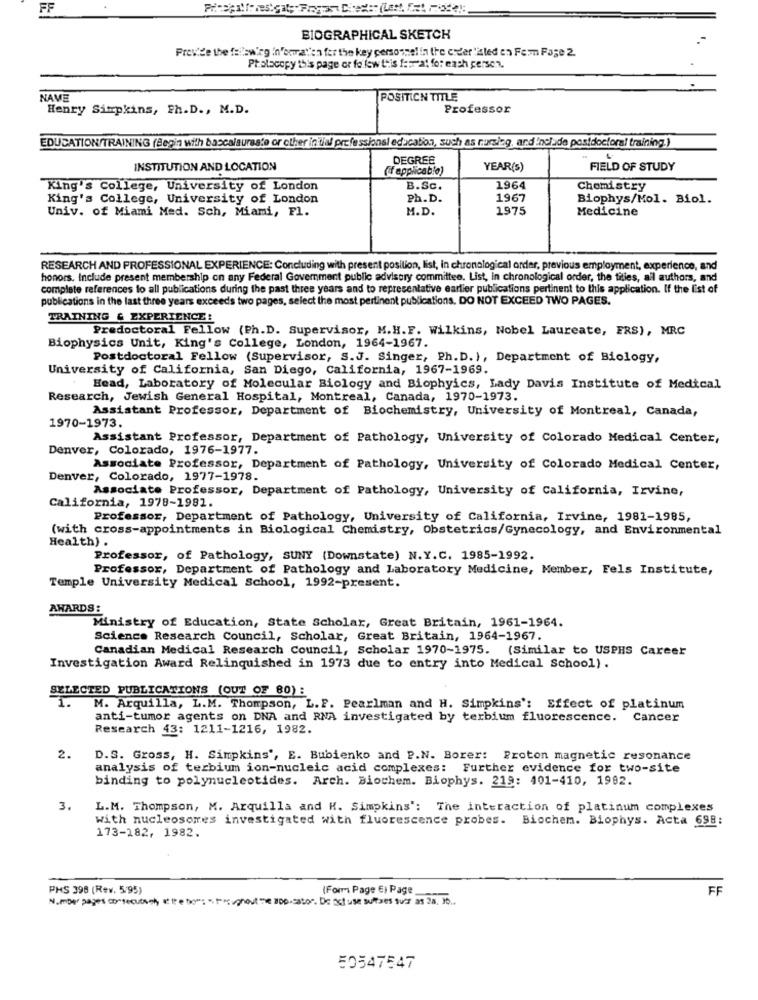
FF
BIOGRAPHICAL SKETCH
Provide the failswirg in'omaten fer the key personnel in the order "aled en Fem Page 2.
Prolacopy this page or follow this ferrat for each person.
NAVE
POSITION TITLE
Henry Simpkins, Ph.D ., M.D.
Professor
EDUCATION/TRAINING (Begin with baccalaureate or other in tial professional education, such as nursing, and Include postdoctoral training.)
DEGREE
INSTITUTION AND LOCATION
(if applicable)
YEAR(s)
FIELD OF STUDY
King's College, University of London
B.Sc.
1964
Chemistry
King's College, University of London
Ph.D.
1967
Biophys/Mol. Biol.
Univ. of Miami Med. Sch, Miami, Fl.
M.D.
1975
Medicine
RESEARCH AND PROFESSIONAL EXPERIENCE: Concluding with present position, list, in chronological order, previous employment, experience, and
honors. Include present membership on any Federal Government public advisory committee. List, in chronological order, the titles, all authors, and
complete references to all publications during the past three years and to representative earlier publications pertinent to this application. If the list of
publications in the last three years exceeds two pages, select the most pertinent publications. DO NOT EXCEED TWO PAGES.
TRAINING & EXPERIENCE!
Predoctoral Fellow (Ph.D. Supervisor, M.H.F. Wilkins, Nobel Laureate, ERS), MRC
Biophysics Unit, King's College, London, 1964-1967.
Postdoctoral Fellow (Supervisor, S.J. Singer, Ph. D. ), Department of Biology,
University of California, San Diego, California, 1967-1969.
Head, Laboratory of Molecular Biology and Biophyics, Lady Davis Institute of Medical
Research, Jewish General Hospital, Montreal, Canada, 1970-1973.
Assistant Professor, Department of Biochemistry, University of Montreal, Canada,
1970-1973.
Assistant Professor, Department of Pathology, University of Colorado Medical Center,
Denver, Colorado, 1976-1977.
Associate Professor, Department of Pathology, University of Colorado Medical Center,
Denver, Colorado, 1977-1978.
Associate Professor, Department of Pathology, University of California, Irvine,
California, 1978-1981.
Professor, Department of Pathology, University of California, Irvine, 1981-1985,
(with cross-appointments in Biological Chemistry, Obstetrics/Gynecology, and Environmental
Health) .
Professor, of Pathology, SUNY (Downstate) N.Y.C. 1985-1992.
Professor, Department of Pathology and Laboratory Medicine, Member, Fels Institute,
Temple University Medical School, 1992-present.
AWARDS:
Ministry of Education, State Scholar, Great Britain, 1961-1964.
Science Research Council, Scholar, Great Britain, 1964-1967.
Canadian Medical Research Council, Scholar 1970-1975. (Similar to USPHS Career
Investigation Award Relinquished in 1973 due to entry into Medical School).
SELECTED PUBLICATIONS (OUT OF 80) :
1.
M. Arquilla, L.M. Thompson, L.F. Pearlman and H. Simpkins': Effect of platinum
anti-tumor agents on DNA and RNA investigated by terbium fluorescence. Cancer
Research 43: 1211-1216, 1982.
2.
D.S. Gross, H. Simpkins', E. Bubienko and P.N. Borer: Proton magnetic resonance
analysis of terbium ion-nucleic acid complexes: Further evidence for two-site
binding to polynucleotides. Arch. Biochem. Biophys. 219: 401-410, 1992.
3.
L.M. Thompson, M. Arquilla and H. Simpkins': The interaction of platinum complexes
with nucleosomes investigated with fluorescence probes. Biochem. Biophys. Acta 698:
173-182, 1982.
PHS 398 (Rev. 5/95)
(Form Page E) Page
FF
Number pages consecutset, at the type: ", msghout me aDo-sator. De Def use sulfaes suas as 20, 35.
50547547